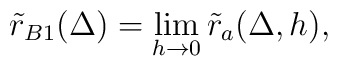
\tilde{r}_{B1}(\Delta)=\lim_{h\to 0}\tilde{r}_{a}(\Delta,h),